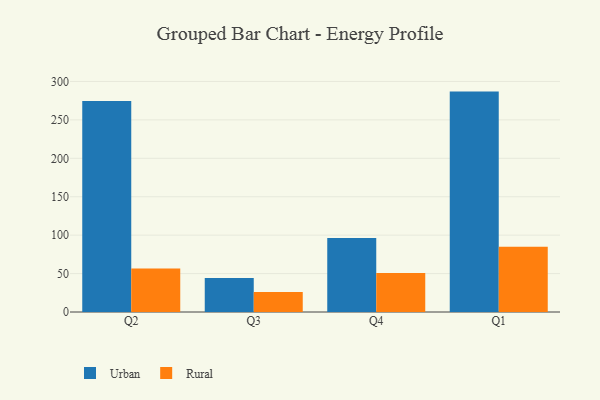
{"axis": {"x": "Quarter", "y": "Conversion Rate (%)"}, "legend": ["Rural", "Urban"], "data": [{"x": "Q2", "y": 274.6, "type": "Urban"}, {"x": "Q2", "y": 56.6, "type": "Rural"}, {"x": "Q3", "y": 44.4, "type": "Urban"}, {"x": "Q3", "y": 25.9, "type": "Rural"}, {"x": "Q4", "y": 96.3, "type": "Urban"}, {"x": "Q4", "y": 50.9, "type": "Rural"}, {"x": "Q1", "y": 286.8, "type": "Urban"}, {"x": "Q1", "y": 84.8, "type": "Rural"}]}